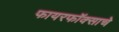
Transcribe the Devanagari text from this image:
फायरफॉक्साचे